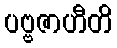
ပဗ္ဗဇာဟီတိ